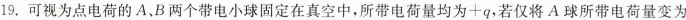
19.可视为点电荷的A、B两个带电小球固定在真空中，所带电荷量均为+q，若仅将A球所带电荷量变为